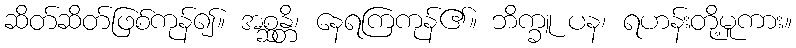
ဆိတ်ဆိတ်ဖြစ်ကုန်၍။ အစ္ဆန္တိ၊ နေရကြကုန်၏။ ဘိက္ခူ ပန၊ ရဟန်းတို့မူကား။